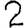
Digit: 2